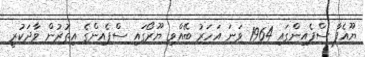
ޔޫއެފާ ސްޕެއިންގައި 1964 ވަނަ އަހަރު ބޭއްވި ޔޫރޯގައި ސްޕެއިންގެ އިތުރުން ވާދަކުރީ